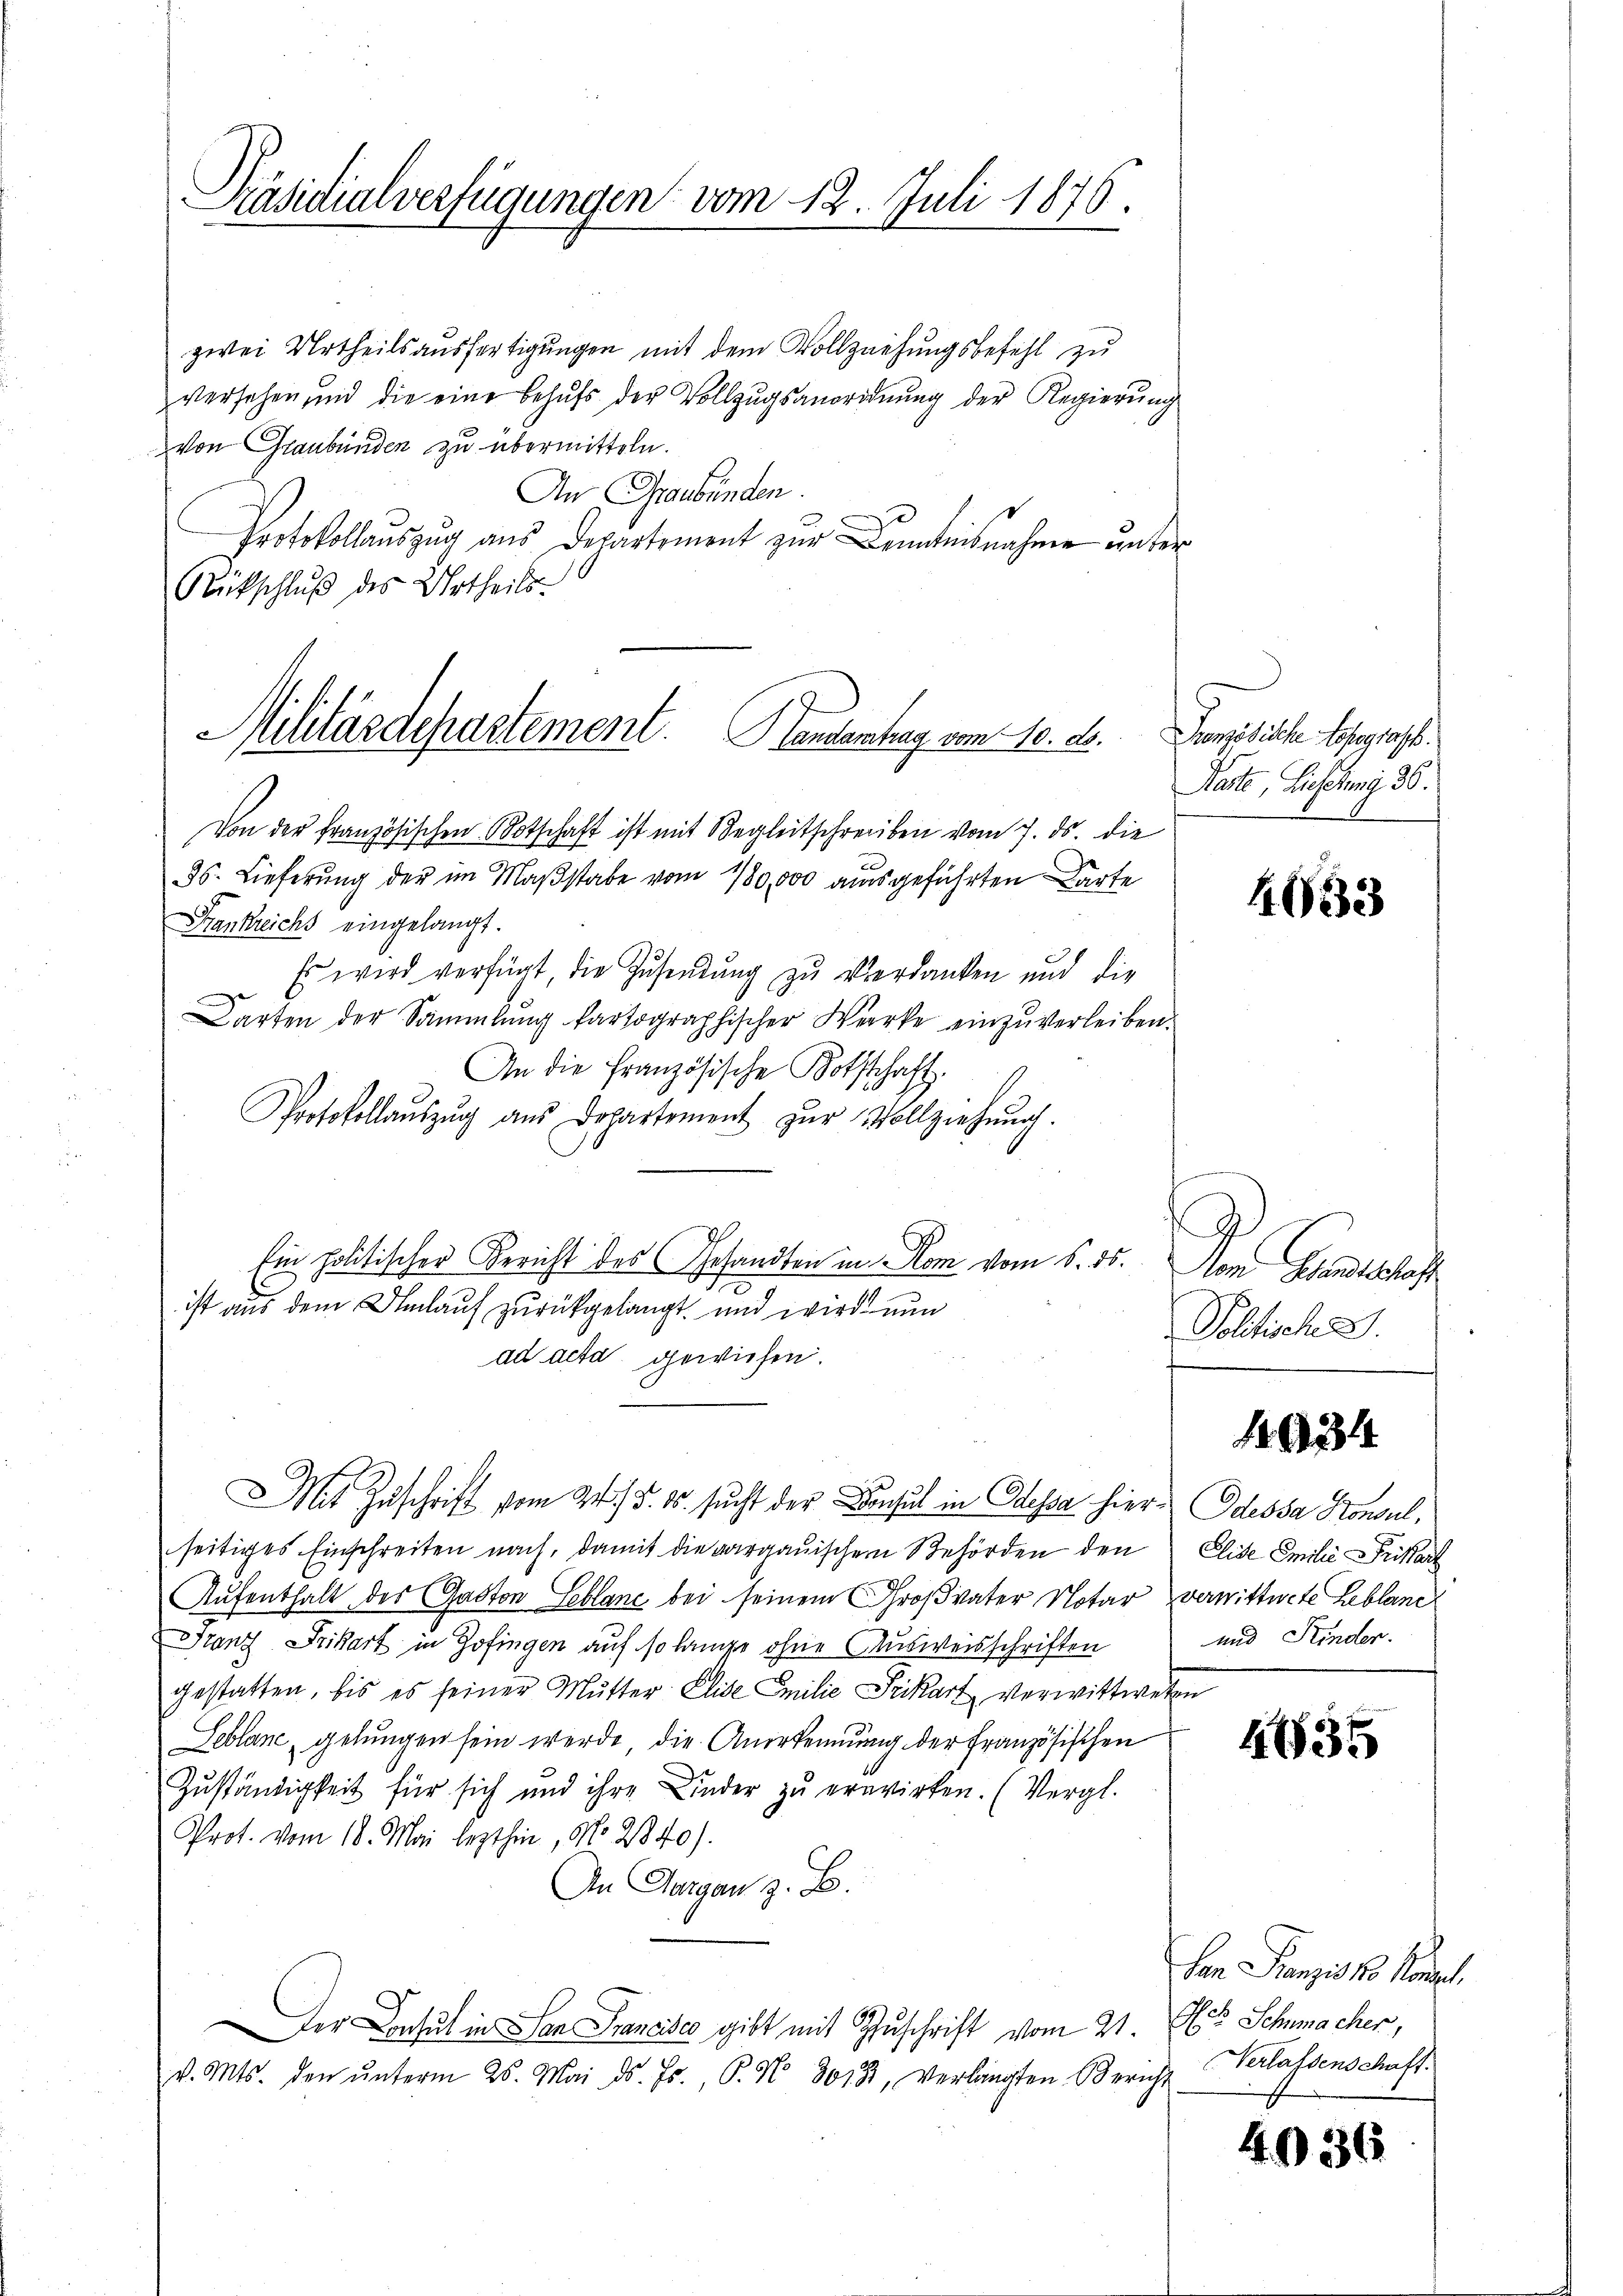
Präsidialverfügungen vom 12. Juli 1876.

zwei Urtheilsausfertigungen mit dem Vollziehungsbefehl zu
versehen und die eine behŭfs der Vollzŭgsanordnŭng der Regierŭng
von Graubünden zu übermitteln.
An Graubünden.
Protokollauszug aus Departement zur Kenntnisnahme unter
Rückschluß des Urtheils.

Militärdepartement. Handentrag vom 10. ds.

Von der Französischen Botschaft ist mit Begleitschreiben vom 7. ds. die
s. Lieferung der im Maßstabe vom 180,000 ausgeführten Karte
Frankreichs eingelangt.
Es wird verfügt, die Zusendung zu verdanken und die
Darten der Sammlung Partographischer Werke einzŭverleiben.
An die französische Bothschaft.
Protokollaŭszŭg aŭs Departement zŭr Vollziehŭng.
Ein politischer Bericht des Gesandten in Rom vom 5. ds.
1
ist aus dem Umlauf zurückgelangt, und wird nun
ad acta gewiesen.
Mit Zuschrift vom 24. §. 10. sucht der Consul in Odessa hier. Odessa Konsul,
seitiges Einschreiten nach, damit die aargauischem Behörden den
Aufenthalt des Gaston Leblanc bei seinem Großvater Notar verwittwete Leblanc
Franz Frikart in Zofingen auf so lange ohne Ausweisschriften
gestatten, bis es seiner Mŭtter Elise Emilie Frickart verwittweten
Deblane gelungen sein werde, die Anerkennung der französischen
Zuständigkeit für sich und ihre Kinder zu erwirken. (Vergl.
Prot. vom 18. Mai lezthin, No. 240).
An Aargau z. B.
Der Behut in San Francisco gibt mit Zuschrift vom 21. Als Schumacher,
v. Mts. den ŭnterm 25. Mai d. Js., P. No 3018, verlangten Bericht

Französische Kosegras.
Raite, Lieferung 36.

4683

9
Vom Standtschaff
Politisch. D.

1934

Elise Emilie Prissart
und Kinder.

4635

San Franzis 28 Konzel
Verlassenschaft.

4036